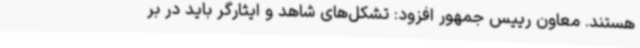
هستند. معاون رییس جمهور افزود: تشکل‌های شاهد و ایثارگر باید در بر